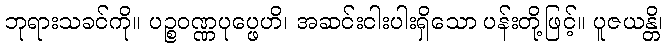
ဘုရားသခင်ကို။ ပဉ္စဝဏ္ဏပုပ္ဖေဟိ၊ အဆင်းငါးပါးရှိသော ပန်းတို့ဖြင့်။ ပူဇယန္တိ၊